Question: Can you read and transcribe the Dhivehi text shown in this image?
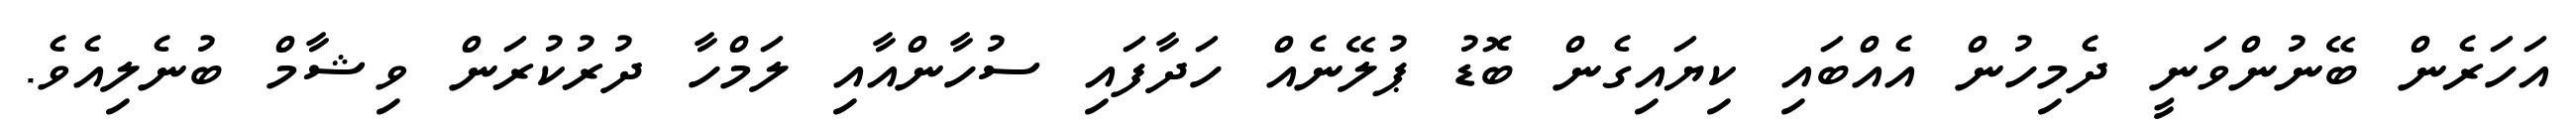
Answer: އަހަރެން ބޭނުންވަނީ ދެމިހުން އެއްބައި ކިޔައިގެން ބޮޑު ޕުލޭނެއް ހަދާފައި ސުހާންއާއި ލަމްހާ ދުރުކުރަން ވިޝާމް ބުނެލިއެވެ.